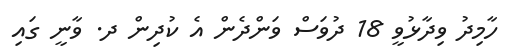
ހާމިދު ވިދާޅުވީ 18 ދުވަސް ވަންދެން އެ ކުދިން ދ. ވާނީ ގައި